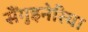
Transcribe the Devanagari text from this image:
सैंगुइनेरिया